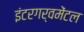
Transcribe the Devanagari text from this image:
इंटरगर्वमेंटल